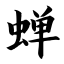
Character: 蝉